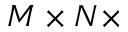
M \times N \times